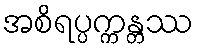
အစိရပ္ပက္ကန္တဿ